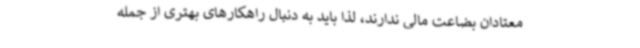
معتادان بضاعت مالی ندارند، لذا باید به دنبال راهکارهای بهتری از جمله